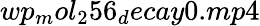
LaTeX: wp_{m}ol_{2}56_{d}ecay0.mp4